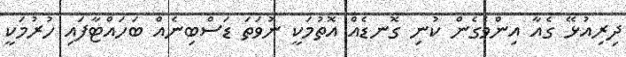
ދިރިއުޅޭ ގެއާ އިންވެގެން ކުނި ގޮނޑެއް އޮތުމަކީ ނުވަތަ ޑަސްބިނެއް ބަހައްޓާފައި ހުރުމަކީ